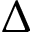
\Delta